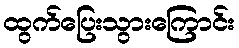
ထွက်ပြေးသွားကြောင်း